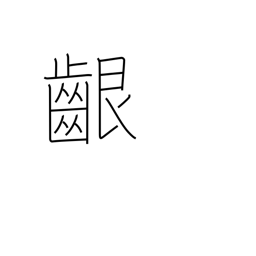
Meaning: gums